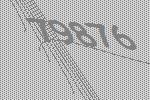
79876